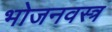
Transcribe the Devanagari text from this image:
भोजनवस्त्र